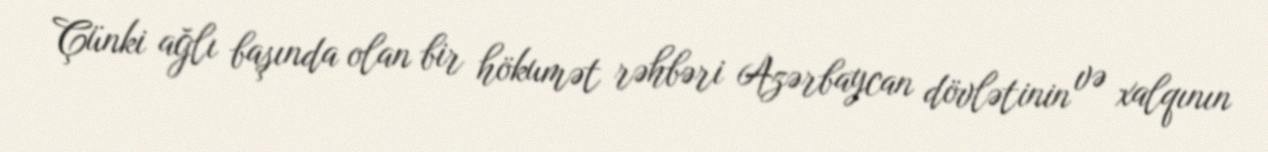
Çünki ağlı başında olan bir hökumət rəhbəri Azərbaycan dövlətinin və xalqının